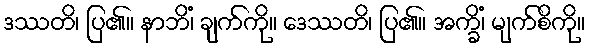
ဒဿတိ၊ ပြ၏။ နာဘိံ၊ ချက်ကို။ ဒေဿတိ၊ ပြ၏။ အက္ခိံ၊ မျက်စိကို။